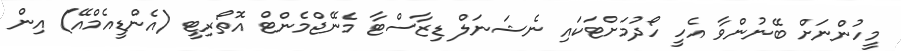
މީހުންނަށް ބޭނުންވާ އެހީ ހޯދުމަށްޓަކައި ނެޝަނަލް ޑިޒާސްޓާ މެނޭޖްމެންޓް އޮތޯރިޓީ (އެންޑީއެމްއޭ) އިން